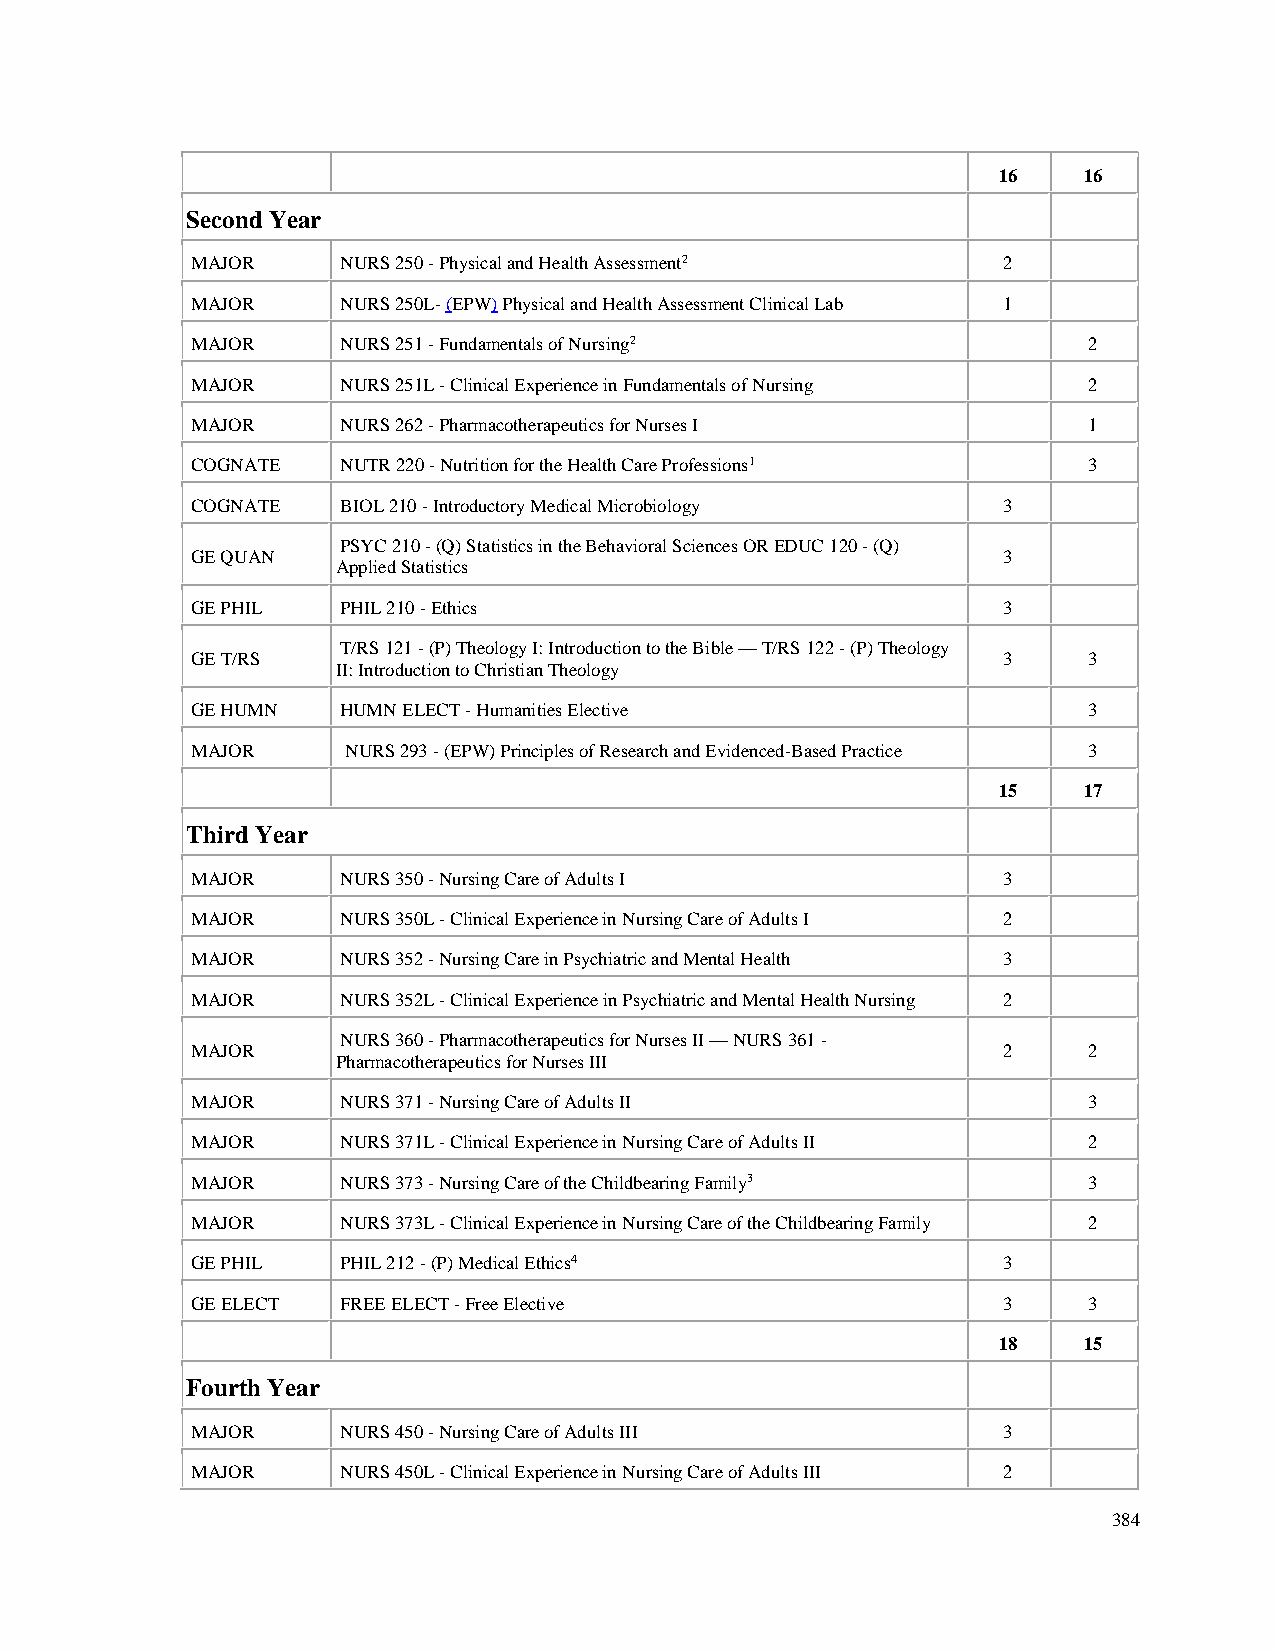
16    16
 Second Year
 MAJOR     NURS 250 - Physical and Health Assessment2 2
 MAJOR     NURS 250L- (EPW) Physical and Health Assessment Clinical Lab 1
 MAJOR     NURS 251 - Fundamentals of Nursing2              2
 MAJOR     NURS 251L - Clinical Experience in Fundamentals of Nursing 2
 MAJOR     NURS 262 - Pharmacotherapeutics for Nurses I     1
 COGNATE   NUTR 220 - Nutrition for the Health Care Professions1 3
 COGNATE   BIOL 210 - Introductory Medical Microbiology 3
 PSYC 210 - (Q) Statistics in the Behavioral Sciences OR EDUC 120 - (Q)
 GE QUAN                                              3
 Applied Statistics
 GE PHIL   PHIL 210 - Ethics                          3
 T/RS 121 - (P) Theology I: Introduction to the Bible — T/RS 122 - (P) Theology
 GE T/RS                                              3     3
 II: Introduction to Christian Theology
 GE HUMN   HUMN ELECT - Humanities Elective                 3
 MAJOR     NURS 293 - (EPW) Principles of Research and Evidenced-Based Practice 3
 15    17
 Third Year
 MAJOR     NURS 350 - Nursing Care of Adults I        3
 MAJOR     NURS 350L - Clinical Experience in Nursing Care of Adults I 2
 MAJOR     NURS 352 - Nursing Care in Psychiatric and Mental Health 3
 MAJOR     NURS 352L - Clinical Experience in Psychiatric and Mental Health Nursing 2
 NURS 360 - Pharmacotherapeutics for Nurses II — NURS 361 -
 MAJOR                                                2     2
 Pharmacotherapeutics for Nurses III
 MAJOR     NURS 371 - Nursing Care of Adults II             3
 MAJOR     NURS 371L - Clinical Experience in Nursing Care of Adults II 2
 MAJOR     NURS 373 - Nursing Care of the Childbearing Family3 3
 MAJOR     NURS 373L - Clinical Experience in Nursing Care of the Childbearing Family 2
 GE PHIL   PHIL 212 - (P) Medical Ethics4             3
 GE ELECT  FREE ELECT - Free Elective                 3     3
 18    15
 Fourth Year
 MAJOR     NURS 450 - Nursing Care of Adults III      3
 MAJOR     NURS 450L - Clinical Experience in Nursing Care of Adults III 2
 384